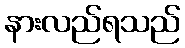
နားလည်ရသည်